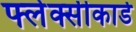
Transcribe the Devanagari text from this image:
फ्लेक्सीकार्ड